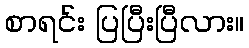
စာရင်း ပြပြီးပြီလား။